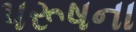
પરૂષના